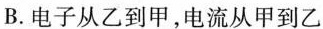
B.电子从乙到甲，电流从甲到乙